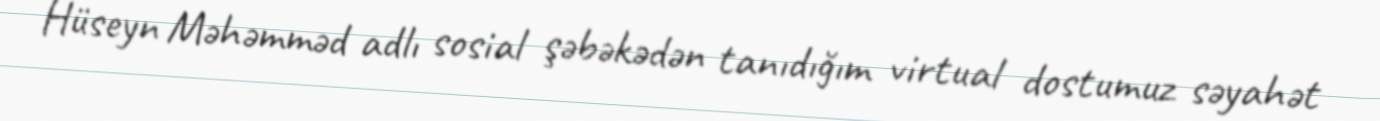
Hüseyn Məhəmməd adlı sosial şəbəkədən tanıdığım virtual dostumuz səyahət